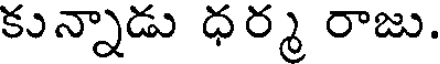
కున్నాడు ధర్మ రాజు.